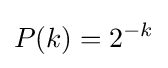
P(k)=2^{-k}